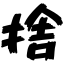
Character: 捨